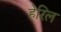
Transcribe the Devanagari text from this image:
हेरिल